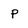
Character: p